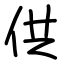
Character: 供